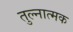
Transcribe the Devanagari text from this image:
तुल्नात्मक